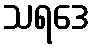
သရဒေ